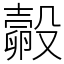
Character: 㲉